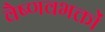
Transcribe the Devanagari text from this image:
वैष्णवभक्तों